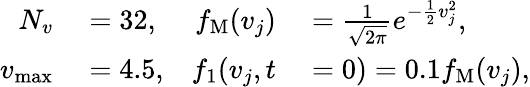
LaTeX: \begin{array}{rlrl}{N_{v}}&{{}=32,}&{f_{\mathrm{M}}(v_{j})}&{{}=\frac{1}{\sqrt{2\pi}}e^{-\frac{1}{2}v_{j}^{2}},}\\ {v_{\operatorname*{max}}}&{{}=4.5,}&{f_{1}(v_{j},t}&{{}=0)=0.1f_{\mathrm{M}}(v_{j}),}\end{array}